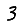
Digit: 3